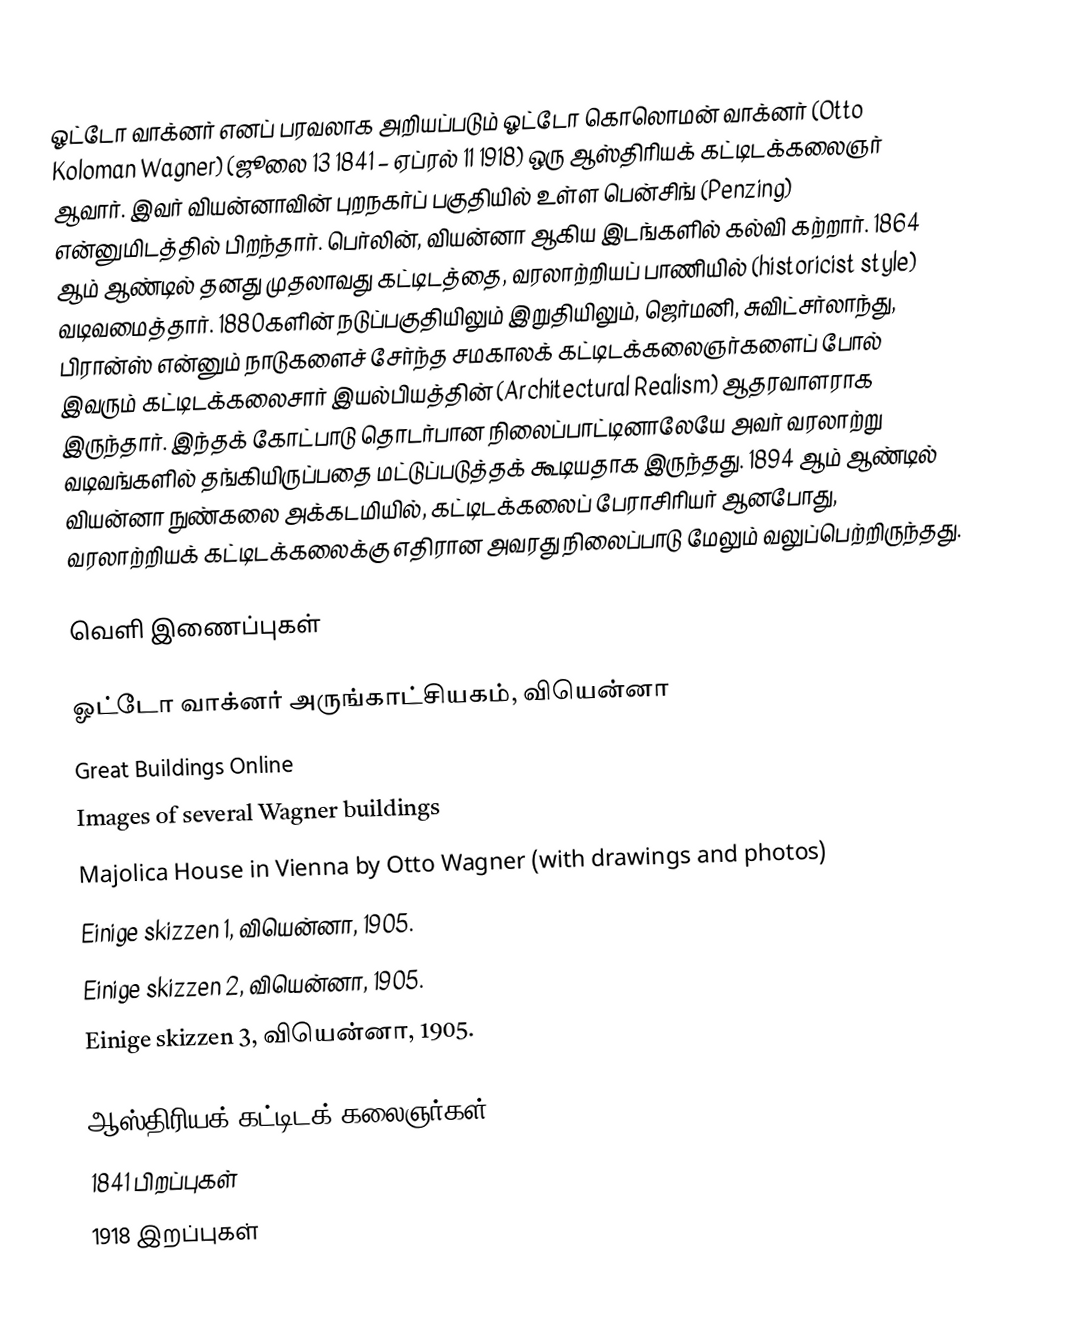
ஓட்டோ வாக்னர் எனப் பரவலாக அறியப்படும் ஓட்டோ கொலொமன் வாக்னர் (Otto Koloman Wagner) (ஜூலை 13 1841 – ஏப்ரல் 11 1918) ஒரு ஆஸ்திரியக் கட்டிடக்கலைஞர் ஆவார். இவர் வியன்னாவின் புறநகர்ப் பகுதியில் உள்ள பென்சிங் (Penzing) என்னுமிடத்தில் பிறந்தார். பெர்லின், வியன்னா ஆகிய இடங்களில் கல்வி கற்றார். 1864 ஆம் ஆண்டில் தனது முதலாவது கட்டிடத்தை, வரலாற்றியப் பாணியில் (historicist style) வடிவமைத்தார். 1880களின் நடுப்பகுதியிலும் இறுதியிலும், ஜெர்மனி, சுவிட்சர்லாந்து, பிரான்ஸ் என்னும் நாடுகளைச் சேர்ந்த சமகாலக் கட்டிடக்கலைஞர்களைப் போல் இவரும் கட்டிடக்கலைசார் இயல்பியத்தின் (Architectural Realism) ஆதரவாளராக இருந்தார். இந்தக் கோட்பாடு தொடர்பான நிலைப்பாட்டினாலேயே அவர் வரலாற்று வடிவங்களில் தங்கியிருப்பதை மட்டுப்படுத்தக் கூடியதாக இருந்தது. 1894 ஆம் ஆண்டில் வியன்னா நுண்கலை அக்கடமியில், கட்டிடக்கலைப் பேராசிரியர் ஆனபோது, வரலாற்றியக் கட்டிடக்கலைக்கு எதிரான அவரது நிலைப்பாடு மேலும் வலுப்பெற்றிருந்தது.

வெளி இணைப்புகள்

ஓட்டோ வாக்னர் அருங்காட்சியகம், வியென்னா
Great Buildings Online
Images of several Wagner buildings
Majolica House in Vienna by Otto Wagner  (with drawings and photos)
  Einige skizzen 1, வியென்னா, 1905.
  Einige skizzen 2, வியென்னா, 1905.
  Einige skizzen 3, வியென்னா, 1905.

ஆஸ்திரியக் கட்டிடக் கலைஞர்கள்
1841 பிறப்புகள்
1918 இறப்புகள்